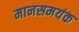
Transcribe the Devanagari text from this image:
मानसमयंक